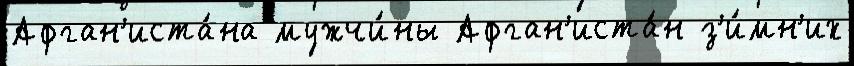
Афган'иста́на мужчи́ны Афган'иста́н з'и́мн'их